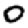
Digit: 0